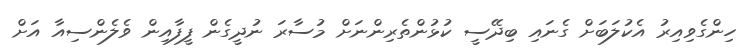
ހިންގެވިއިރު އެކުލަބަށް ގެނައި ބިދޭސީ ކުޅުންތެރިންނަށް މުސާރަ ނުދީގެން ފީފާއިން ވެލެންސިއާ އަށް